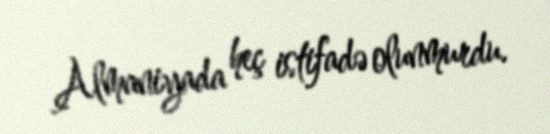
Almaniyada heç istifadə olunmurdu.